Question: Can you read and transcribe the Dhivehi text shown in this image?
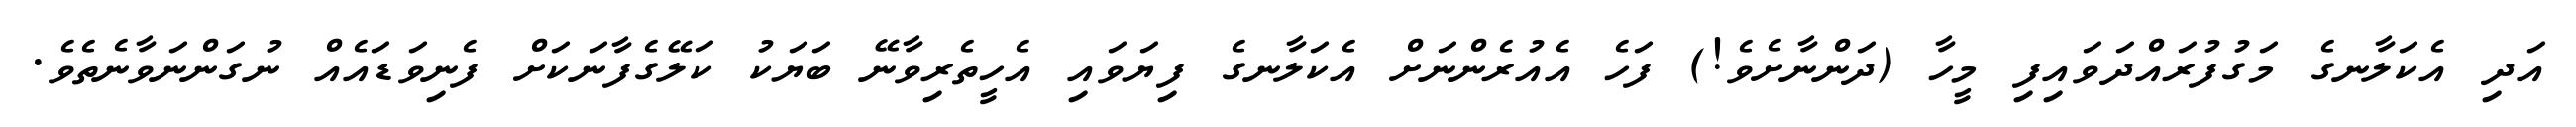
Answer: އަދި އެކަލާނގެ މަގުފުރައްދަވައިފި މީހާ (ދަންނާށެވެ!) ފަހެ އެއުރެންނަށް އެކަލާނގެ ފިޔަވައި އެހީތެރިވާނޭ ބަޔަކު ކަލޭގެފާނަކަށް ފެނިވަޑައެއް ނުގަންނަވާނެތެވެ.